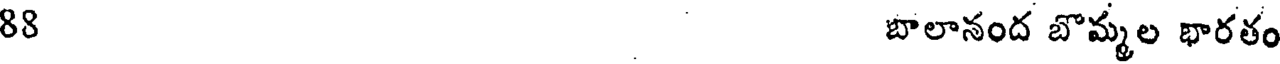
88 బాలానంద బొమ్మల భారతం